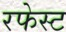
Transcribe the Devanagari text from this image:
रफेस्ट